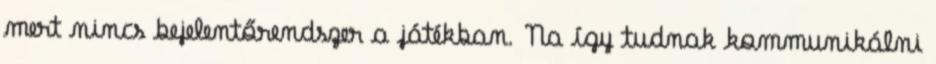
mert nincs bejelentőrendszer a játékban. Na így tudnak kommunikálni